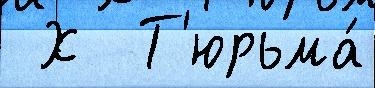
 Х  Т'юрьма́